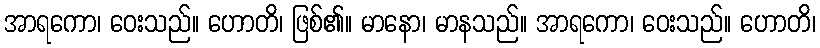
အာရကော၊ ဝေးသည်။ ဟောတိ၊ ဖြစ်၏။ မာနော၊ မာနသည်။ အာရကော၊ ဝေးသည်။ ဟောတိ၊